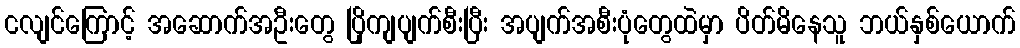
ငလျင်ကြောင့် အဆောက်အဦးတွေ ပြိုကျပျက်စီးပြီး အပျက်အစီးပုံတွေထဲမှာ ပိတ်မိနေသူ ဘယ်နှစ်ယောက်